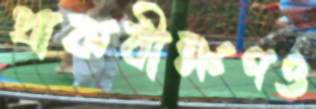
প্রাকবীক্ষণও